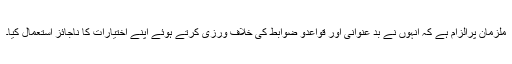
ملزمان پرالزام ہے کہ انہوں نے بد عنوانی اور قواعدو ضوابط کی خلاف ورزی کرتے ہوئے اپنے اختیارات کا ناجائز استعمال کیا۔